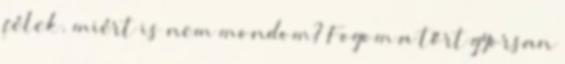
félek. miért is nem mondom? Fogom a tőrt gyorsan